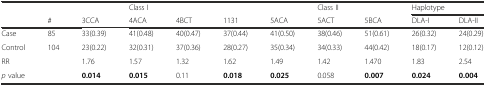
<table><thead><tr><td></td><td></td><td></td><td><b>Class I</b></td><td></td><td></td><td></td><td><b>Class II</b></td><td></td><td colspan="2"><b>Haplotype</b></td></tr><tr><td></td><td><b>#</b></td><td><b>3CCA</b></td><td><b>4ACA</b></td><td><b>4BCT</b></td><td><b>1131</b></td><td><b>5ACA</b></td><td><b>5ACT</b></td><td><b>5BCA</b></td><td><b>DLA-I</b></td><td><b>DLA-II</b></td></tr></thead><tbody><tr><td>Case</td><td>85</td><td>33(0.39)</td><td>41(0.48)</td><td>40(0.47)</td><td>37(0.44)</td><td>41(0.50)</td><td>38(0.46)</td><td>51(0.61)</td><td>26(0.32)</td><td>24(0.29)</td></tr><tr><td>Control</td><td>104</td><td>23(0.22)</td><td>32(0.31)</td><td>37(0.36)</td><td>28(0.27)</td><td>35(0.34)</td><td>34(0.33)</td><td>44(0.42)</td><td>18(0.17)</td><td>12(0.12)</td></tr><tr><td>RR</td><td></td><td>1.76</td><td>1.57</td><td>1.32</td><td>1.62</td><td>1.49</td><td>1.42</td><td>1.470</td><td>1.83</td><td>2.54</td></tr><tr><td><i>p</i> value</td><td></td><td><b>0.014</b></td><td><b>0.015</b></td><td>0.11</td><td><b>0.018</b></td><td><b>0.025</b></td><td>0.058</td><td><b>0.007</b></td><td><b>0.024</b></td><td><b>0.004</b></td></tr></tbody></table>